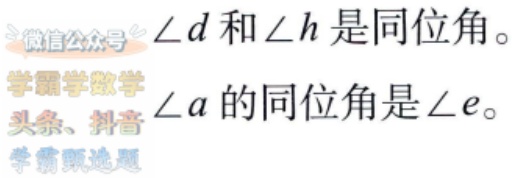
$\angle d$和$\angle h$是同位角。
$\angle a$的同位角是$\angle e$。